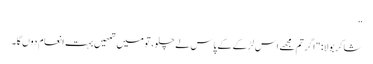
”
شاکر بولا: "اگر تم مجھے اس لڑکے کے پاس لے چلو، تو میں تمھیں بہت انعام دوں گا۔